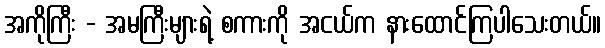
အကိုကြီး - အမကြီးများရဲ့ စကားကို အငယ်က နားထောင်ကြပါသေးတယ်။